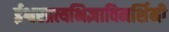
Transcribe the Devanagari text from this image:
ईश्वरप्रत्यभिज्ञाविमर्शिनी